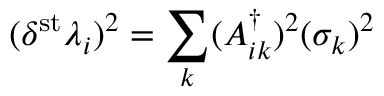
( \delta ^ { \mathrm { s t } } \lambda _ { i } ) ^ { 2 } = \sum _ { k } ( A _ { i k } ^ { \dagger } ) ^ { 2 } ( \sigma _ { k } ) ^ { 2 }